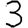
Digit: 3